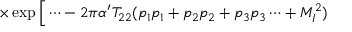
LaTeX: \times \exp \Big [ \cdots - 2 \pi \alpha ^ { \prime } T _ { 2 2 } ( p _ { 1 } p _ { 1 } + p _ { 2 } p _ { 2 } + p _ { 3 } p _ { 3 } \cdots + M _ { I } ^ { 2 } )